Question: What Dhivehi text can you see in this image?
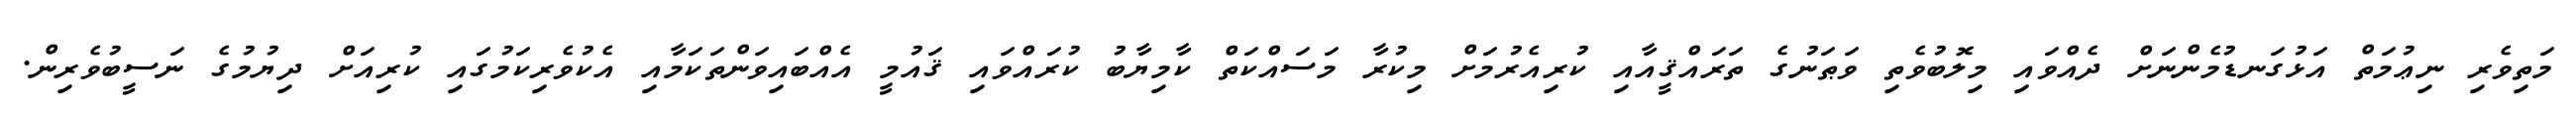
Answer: މަތިވެރި ނިޢުމަތް އަޅުގަނޑުމެންނަށް ދެއްވައި މިލޮބުވެތި ވަޠަނުގެ ތަރައްޤީއާއި ކުރިއެރުމަށް މިކުރާ މަސައްކަތް ކާމިޔާބު ކުރައްވައި ޤައުމީ އެއްބައިވަންތަކަމާއި އެކުވެރިކަމުގައި ކުރިއަށް ދިޔުމުގެ ނަސީބުވެރިން.